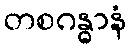
တစဂန္ဓာနံ